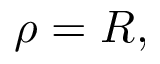
\rho = R ,